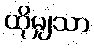
ထိုမျှသာ